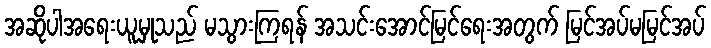
အဆိုပါအရေးယူမှုသည် မသွားကြရန် အသင်းအောင်မြင်ရေးအတွက် မြင်အပ်မမြင်အပ်